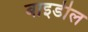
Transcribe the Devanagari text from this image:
बाइडील